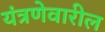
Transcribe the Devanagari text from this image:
यंत्रणेवारील